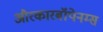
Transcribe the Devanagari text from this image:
औरकारबॉपेनम्स